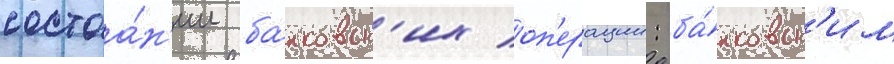
состоа́н'ии ба́нковск'их оп'ерации: ба́нковск'им